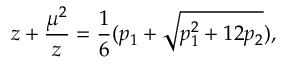
z + { \frac { \mu ^ { 2 } } { z } } = { \frac { 1 } { 6 } } ( p _ { 1 } + \sqrt { p _ { 1 } ^ { 2 } + 1 2 p _ { 2 } } ) ,